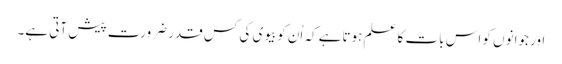
اور جوانوں کو اس بات کا علم ہوتاہے کہ اُن کوبیوی کی کس قدر ضرورت پیش آتی ہے۔